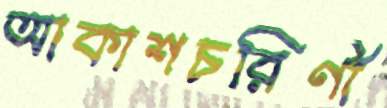
আকাশচরিণী